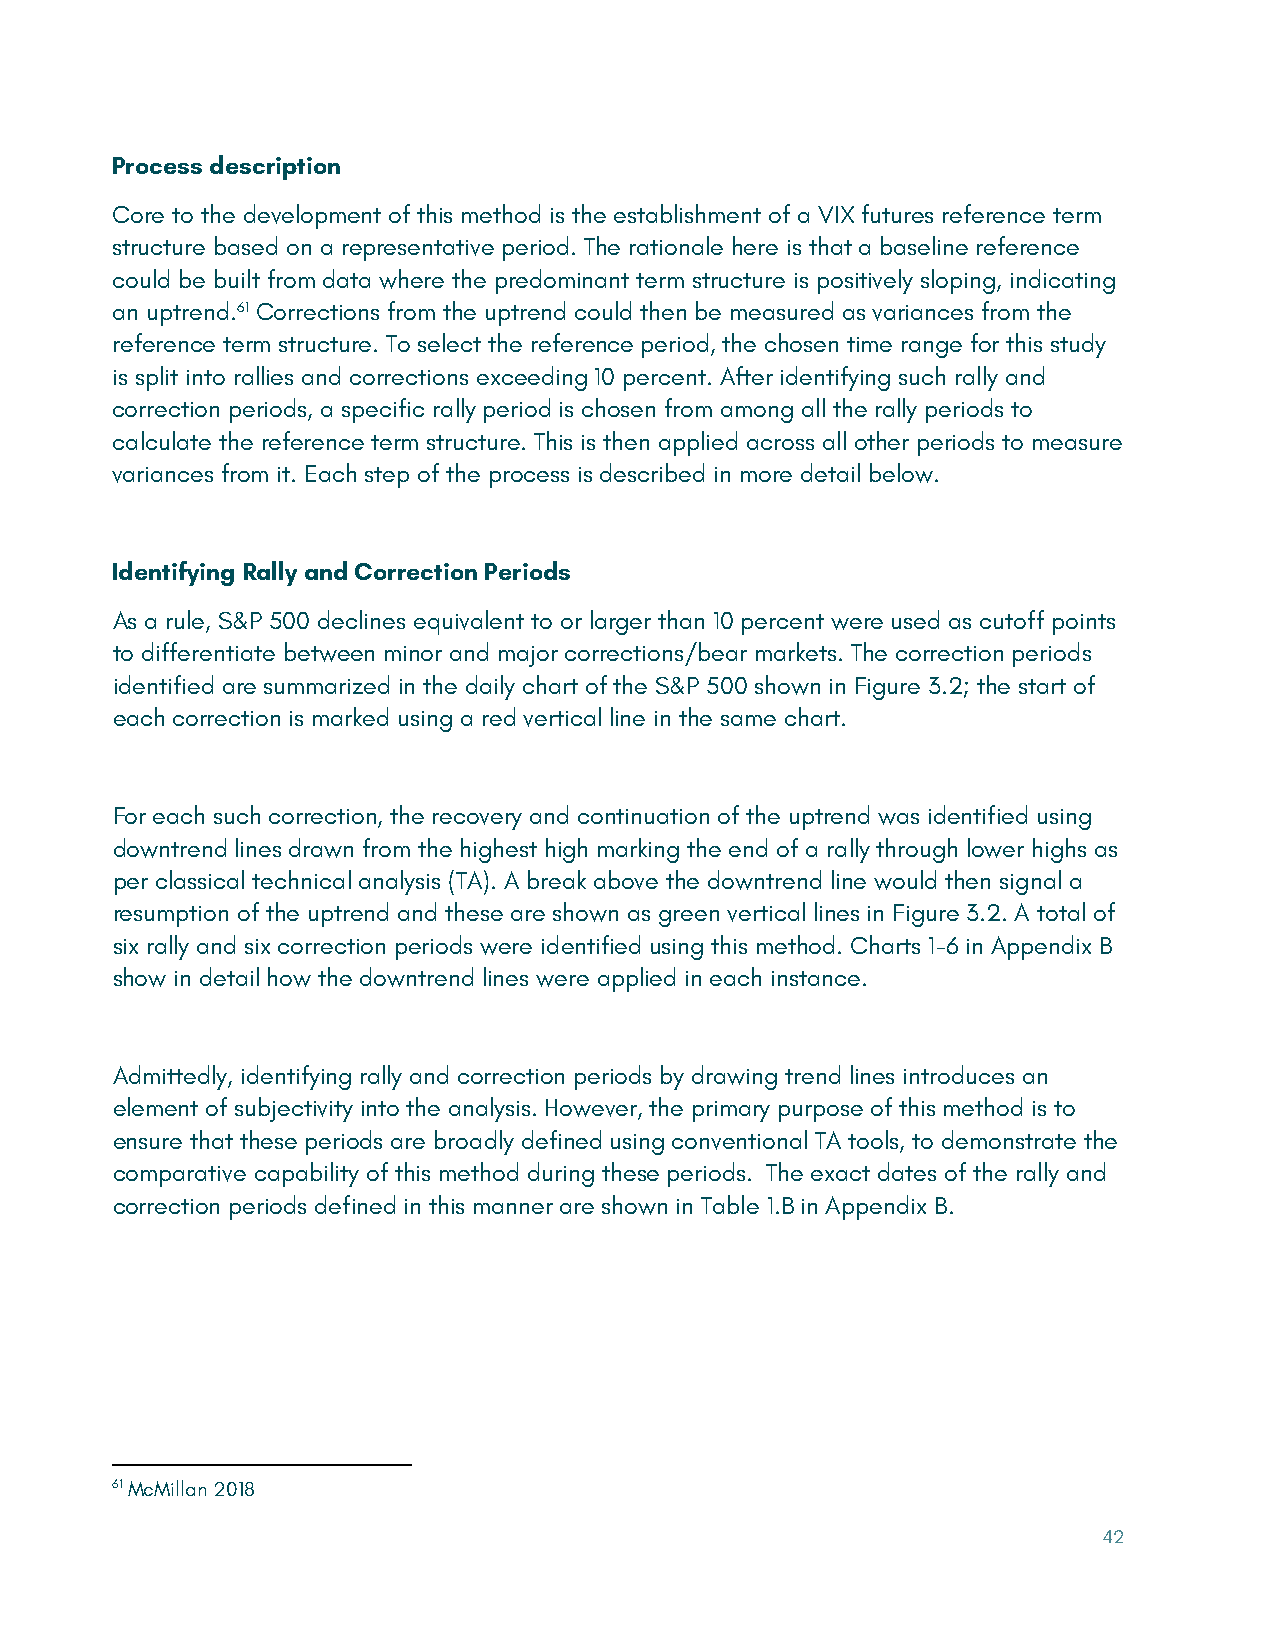
Process description
 Core to the development of this method is the establishment of a VIX futures reference term
 structure based on a representative period. The rationale here is that a baseline reference
 could be built from data where the predominant term structure is positively sloping, indicating
 an uptrend.61 Corrections from the uptrend could then be measured as variances from the
 reference term structure. To select the reference period, the chosen time range for this study
 is split into rallies and corrections exceeding 10 percent. After identifying such rally and
 correction periods, a specific rally period is chosen from among all the rally periods to
 calculate the reference term structure. This is then applied across all other periods to measure
 variances from it. Each step of the process is described in more detail below.
 Identifying Rally and Correction Periods
 As a rule, S&P 500 declines equivalent to or larger than 10 percent were used as cutoff points
 to differentiate between minor and major corrections/bear markets. The correction periods
 identified are summarized in the daily chart of the S&P 500 shown in Figure 3.2; the start of
 each correction is marked using a red vertical line in the same chart.
 For each such correction, the recovery and continuation of the uptrend was identified using
 downtrend lines drawn from the highest high marking the end of a rally through lower highs as
 per classical technical analysis (TA). A break above the downtrend line would then signal a
 resumption of the uptrend and these are shown as green vertical lines in Figure 3.2. A total of
 six rally and six correction periods were identified using this method. Charts 1-6 in Appendix B
 show in detail how the downtrend lines were applied in each instance.
 Admittedly, identifying rally and correction periods by drawing trend lines introduces an
 element of subjectivity into the analysis. However, the primary purpose of this method is to
 ensure that these periods are broadly defined using conventional TA tools, to demonstrate the
 comparative capability of this method during these periods. The exact dates of the rally and
 correction periods defined in this manner are shown in Table 1.B in Appendix B.
 61 McMillan 2018
 42